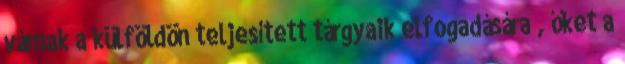
várnak a külföldön teljesített tárgyaik elfogadására , őket a